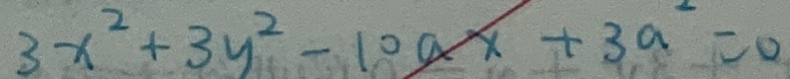
3 x ^ { 2 } + 3 y ^ { 2 } - 1 0 a x + 3 a ^ { 2 } = 0